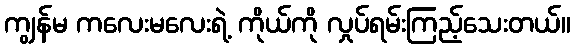
ကျွန်မ ကလေးမလေးရဲ့ ကိုယ်ကို လှုပ်ရမ်းကြည့်သေးတယ်။